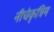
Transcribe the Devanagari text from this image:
नीचेकृत्रिम